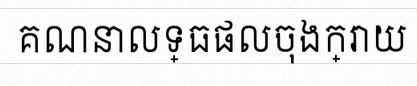
គណនាលទ្ធផលចុងក្រោយ